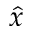
\hat { x }